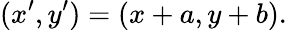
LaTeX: (x^{\prime},y^{\prime})=(x+a,y+b).